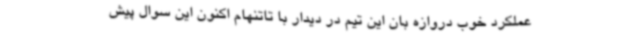
عملکرد خوب دروازه بان این تیم در دیدار با تاتنهام اکنون این سوال پیش